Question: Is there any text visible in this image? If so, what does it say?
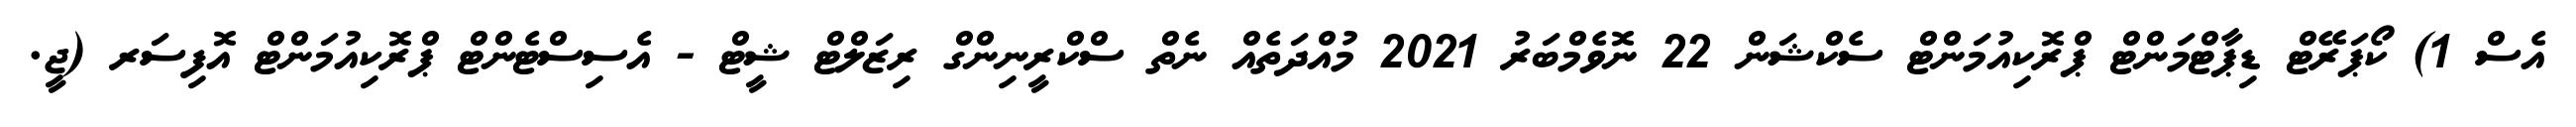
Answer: އެސް 1) ކޯޕަރޭޓް ޑިޕާޓްމަންޓް ޕްރޮކިއުމަންޓް ސެކްޝަން 22 ނޮވެމްބަރު 2021 މުއްދަތެއް ނެތް ސްކްރީނިންގް ރިޒަލްޓް ޝީޓް - އެސިސްޓެންޓް ޕްރޮކިއުމަންޓް އޮފިސަރ (ޖީ.